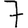
Digit: 7